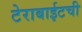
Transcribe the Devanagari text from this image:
टेराबाईटची